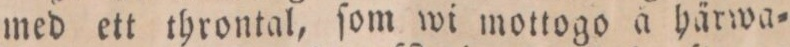
med ett throntal, ſom wi mottogo a härwa=